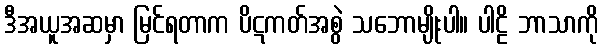
ဒီအယူအဆမှာ မြင်ရတာက ပိဋကတ်အစွဲ သဘောမျိုးပါ။ ပါဠိ ဘာသာကို